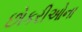
છોકરીઓના